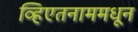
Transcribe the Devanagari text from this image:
व्हिएतनाममधून